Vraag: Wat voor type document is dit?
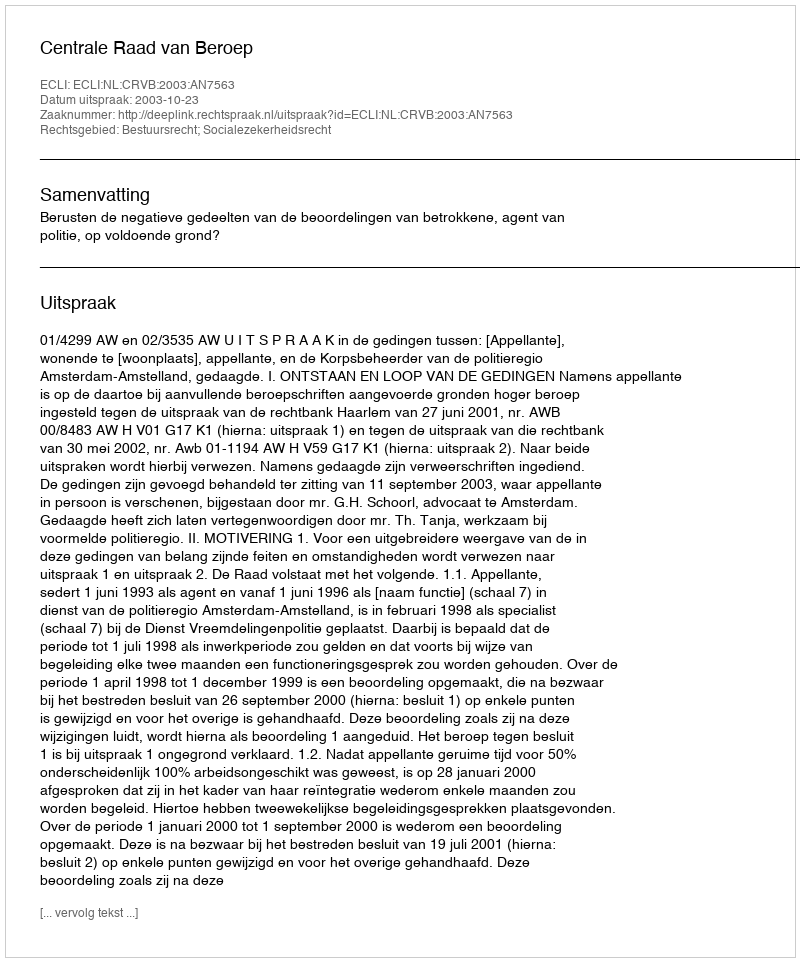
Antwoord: Uitspraak